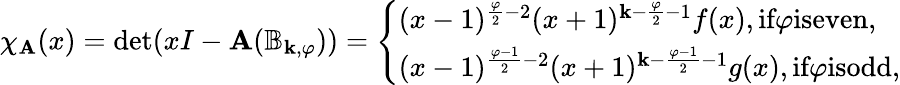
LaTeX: \chi_{\mathbf{A}}(x)=\operatorname*{det}(xI-\mathbf{A}(\mathbb{B}_{\textbf{k},\varphi}))=\left\{ \begin{array}{ll}{(x-1)^{\frac{\varphi}{2}-2}(x+1)^{\textbf{k}-\frac{\varphi}{2}-1}f(x),\textup{if}\varphi\textup{iseven,}}\\ {(x-1)^{\frac{\varphi-1}{2}-2}(x+1)^{\textbf{k}-\frac{\varphi-1}{2}-1}g(x),\textup{if}\varphi\textup{isodd,}}\end{array}\right.